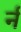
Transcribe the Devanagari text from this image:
र्न